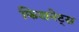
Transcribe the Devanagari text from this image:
फिशनेट्स